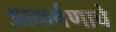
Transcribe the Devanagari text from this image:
आकर्षणाचे